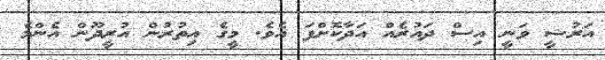
އަރުޝީ ވަނީ އިސް ދައުރެއް އަދާކޮށްފަ އެވެ. މީގެ އިތުރުން އުރީދޫން އެންމެ